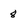
Character: 8